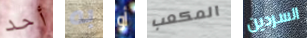
أحد به أو المكعب السردين